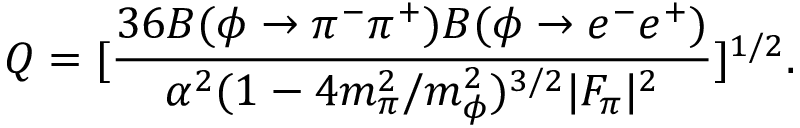
Q = [ \frac { 3 6 B ( \phi \rightarrow \pi ^ { - } \pi ^ { + } ) B ( \phi \rightarrow e ^ { - } e ^ { + } ) } { \alpha ^ { 2 } ( 1 - 4 m _ { \pi } ^ { 2 } / m _ { \phi } ^ { 2 } ) ^ { 3 / 2 } | F _ { \pi } | ^ { 2 } } ] ^ { 1 / 2 } .